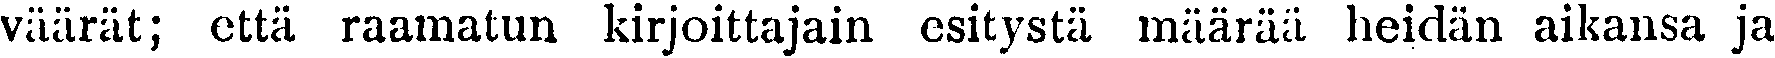
väärät; että raamatun kirjoittajain esitystä määrää heidän aikansa ja